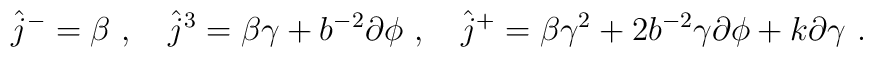
\hat{j}^- = \beta ~, \quad   \hat{j}^3 = \beta\gamma + b^{-2}\partial\phi ~, \quad   \hat{j}^+ = \beta\gamma^2 + 2b^{-2}\gamma\partial\phi + k\partial\gamma ~.